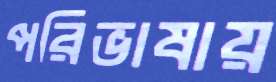
পরিভাষায়